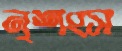
নৃশংস